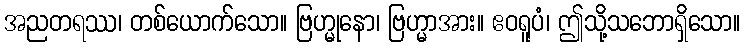
အညတရဿ၊ တစ်ယောက်သော။ ဗြဟ္မုနော၊ ဗြဟ္မာအား။ ဧဝရူပံ၊ ဤသို့သဘောရှိသော။